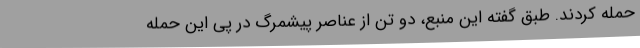
حمله کردند. طبق گفته این منبع، دو تن از عناصر پیشمرگ در پی این حمله